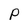
Character: P